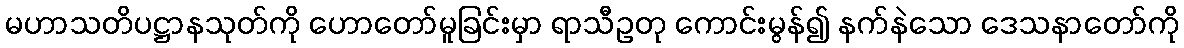
မဟာသတိပဋ္ဌာနသုတ်ကို ဟောတော်မူခြင်းမှာ ရာသီဥတု ကောင်းမွန်၍ နက်နဲသော ဒေသနာတော်ကို